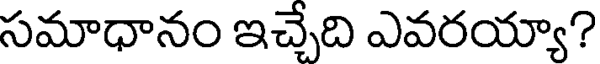
సమాధానం ఇచ్చేది ఎవరయ్యా?